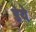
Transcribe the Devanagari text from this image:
डेये